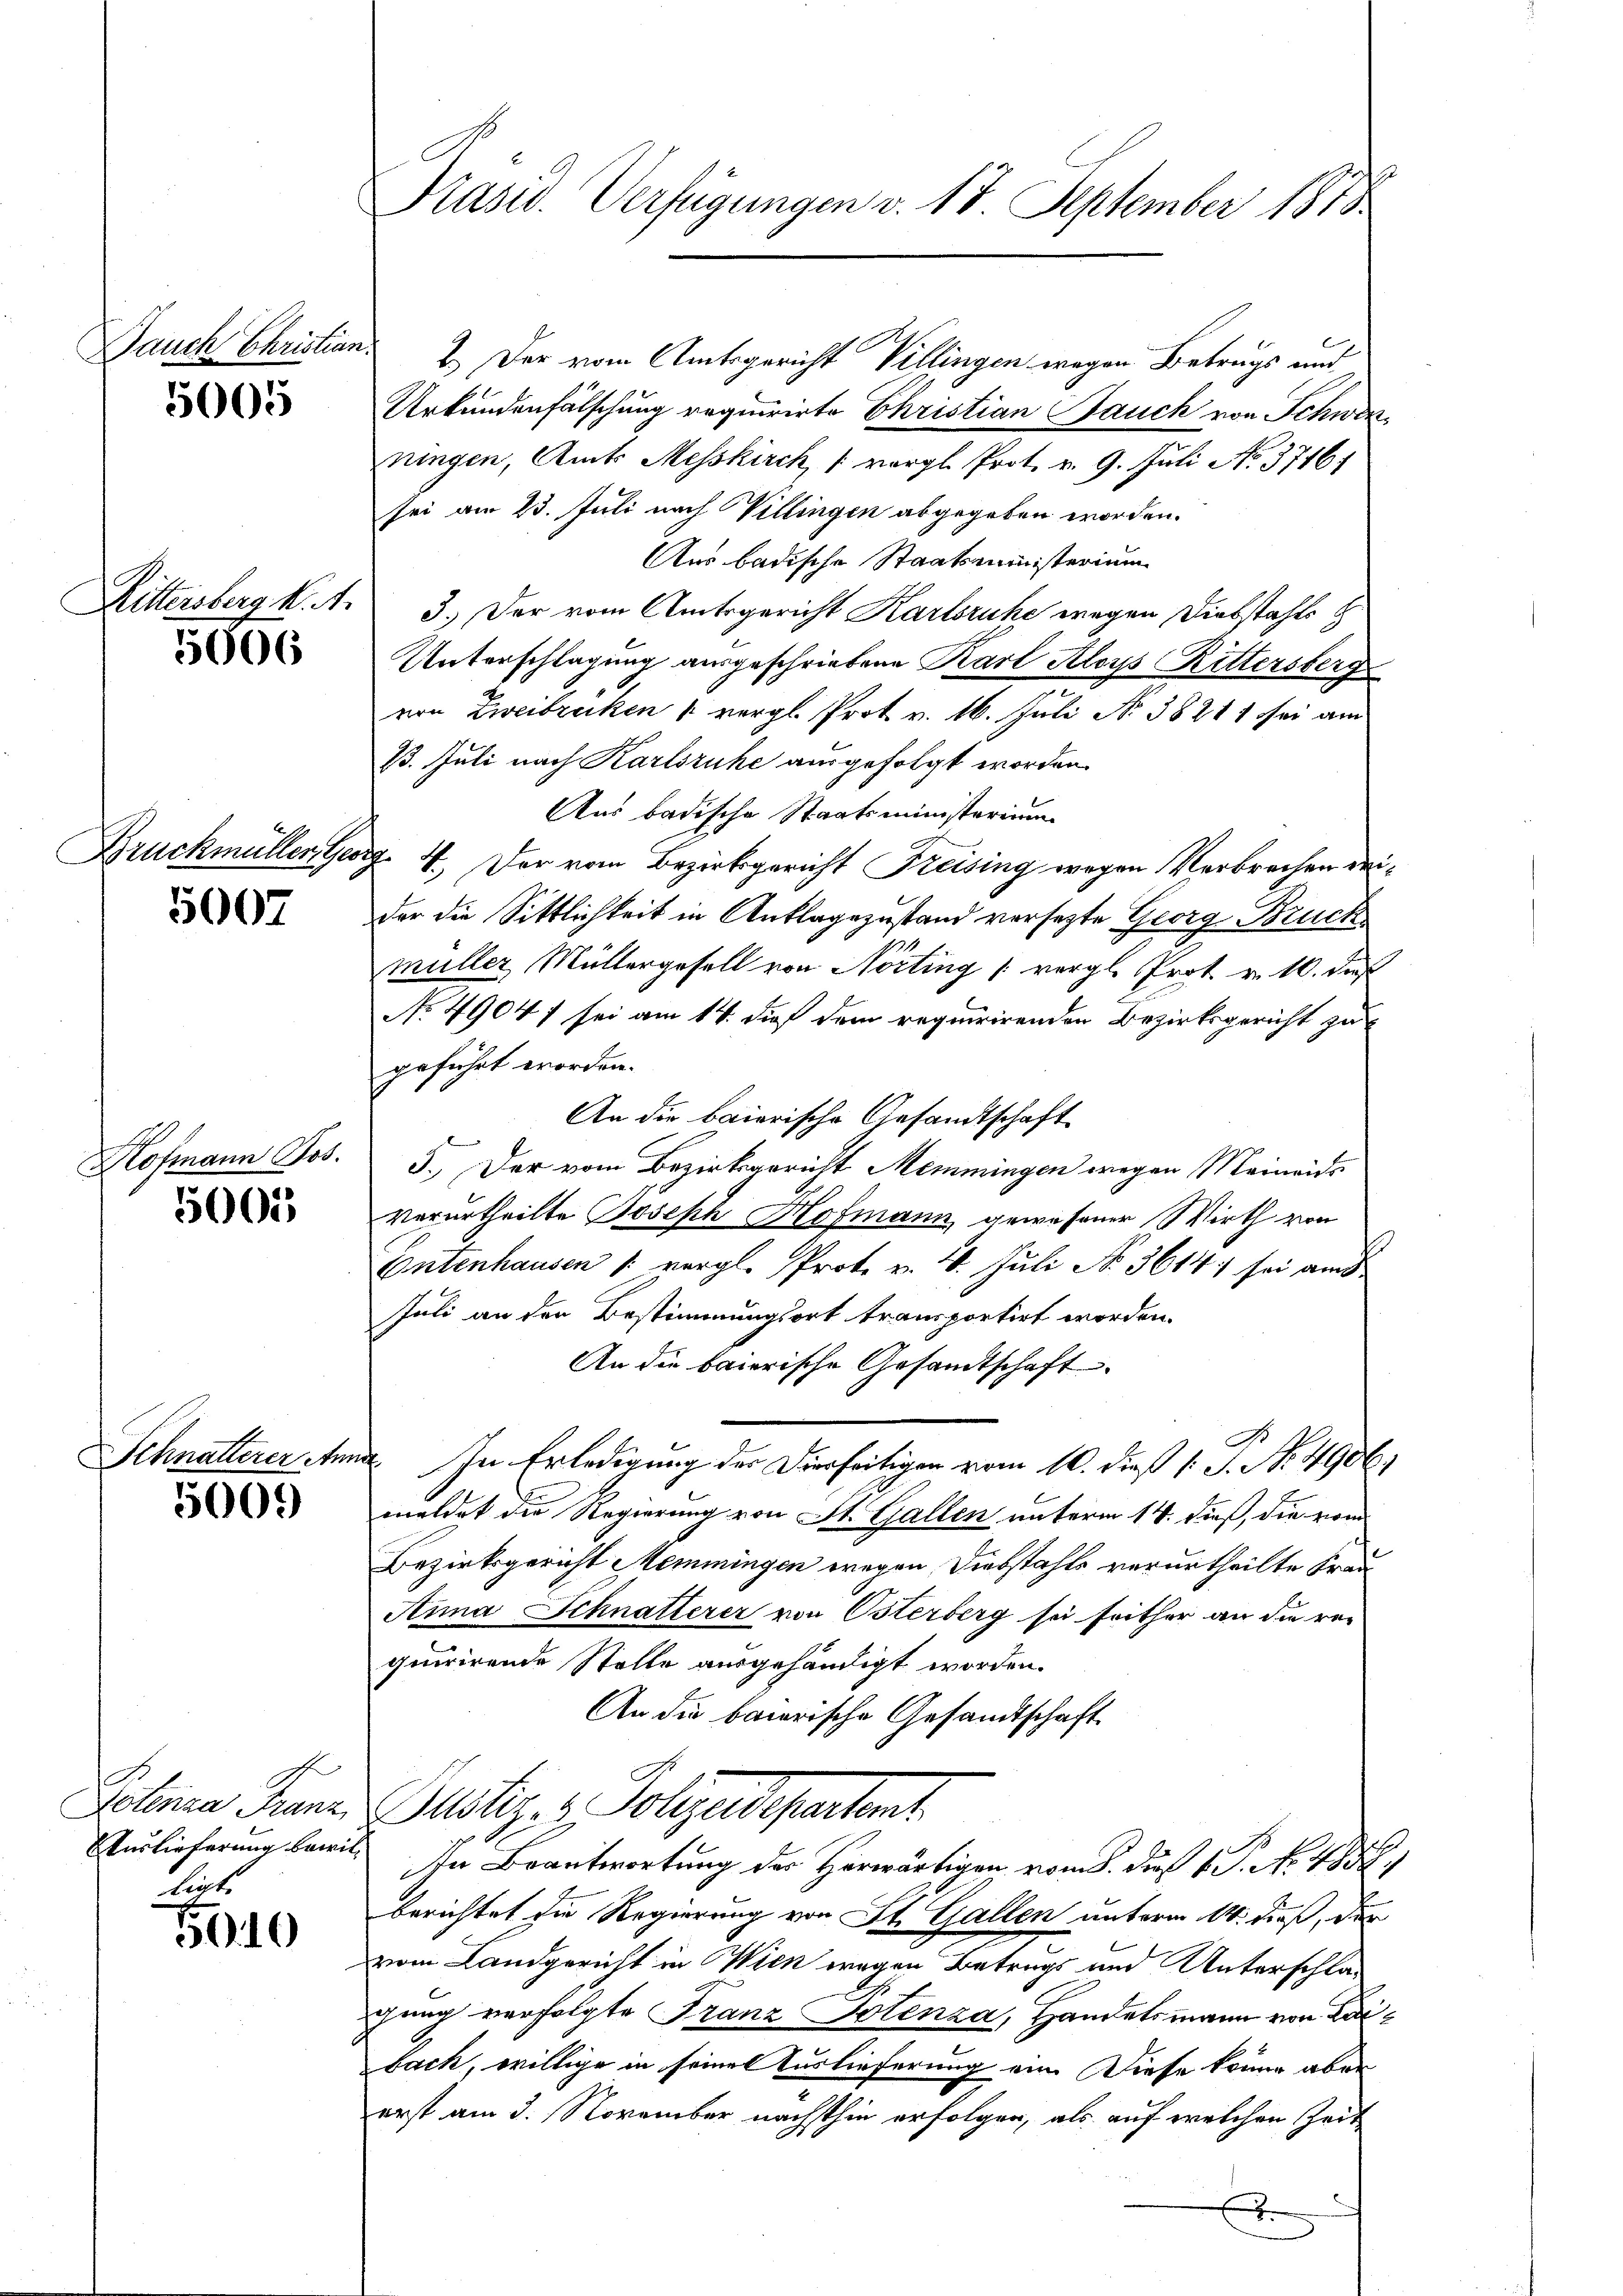
Hohen

5005

Rittersberg K. A.

5006

5007

5005

ot.

5000

Polenza Franz.
Auslieferung bewilligt.

5010

Bauch Christians 2. Der vom Amtsgericht Villingen wegen Betrugs und
Urkundenfälschung requirirte Christian Bauch von Schwerningen, Amts Messkirch, (vergl. Prot. v. 9. Juli No 37161
sei am 23. Juli nach Villingen abgegeben worden.
Aus badische Staatsministerium
3.) Der vom Amtsgericht Karlsruhe wegen Diebstahls z
Unterschlagung ausgeschriebene Karl Aloys Rittersberg
von Zweibrücken 1 vergl. Prot. v. 16. Juli No 38211 sei am
13. Juli nach Karlsruhe ausgefolgt worden.
Aus badische Staatsministerium
Bruckmüller Georg. 4. Der vom Bezirksgericht Freising wegen Verbrechen deider die Sittlichkeit in Anklagezustand versetzte Georg, Bruch
.
Müller Müllergesell von Nörting (vergl. Prot. v. 10. dieß
No 4904) sei am 14. dieß dem requirirenden Bezirksgericht zu
geführt worden.
An die baierische Gesandtschaft
5. Der vom Bezirksgericht Memmingen wegen Meineids
Verurtheilte Joseph Hofmann gewesener Wirth von
Ontenhausen /: vergl. Prote v. 26. Juli No 3614 sei am
Juli an den Bestimmungsort transportirt worden.
An die baierische Gesamtschaft
Schnalterer tun. In Erledigung der Dierseitigen vom 10. dieß (: P. No. 4906)
meldet die Regierung von St. Gallen unterm 14. dieß, die vom
Bezirksgericht Memmingen wegen Diebstahls verurtheilte Frau¬
Aina Schnatterer von Osterberg sei seither an die ver
quirirende Stelle ausgehändigt worden.
An die bairische Gesandtschaft
liter u. Polizeiligentent
In Beantwortung des Herwärtigen vom 1. No. 485
berichtet die Regierung von St. Gallen unterm 14. dieß, der
vom Landgericht in Wien wegen Betrags und Unterschlagung verfolgte Franz Solenza, Handelsmann von Leibach, willige in seine Auslieferung ein. Diese könne aber
erst am 3. November nächsthin erfolgen, als auf welchen Zeit
x

Präsid. Verfügungen v. 17. September 1818.